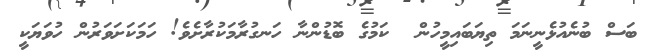
ބަސް ބުނެއުޅެނީނަމަ ތިޔަބައިމީހުން  ކަމުގެ ބޮޑުންނާ ހަނގުރާމަކުރާށެވެ! ހަމަކަށަވަރުން ހުވަޔަކީ